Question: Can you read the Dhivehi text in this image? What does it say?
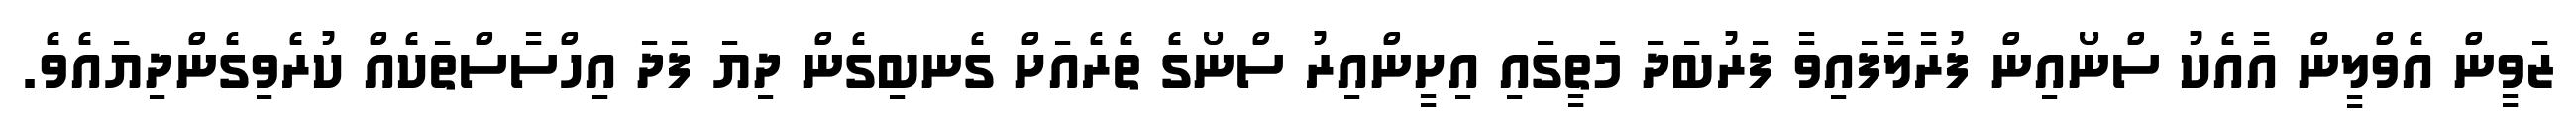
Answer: ޒަވީން އެވްލީން އާއެކު ސްނޯއިން ފުރާލާފައިވާ ފަރުބަދަ މަތީގައި އިށީންއިރު ސްނޯގެ ތެރެއަށް ގެނބިގެން ދިޔަ ފަދަ އިހްސާސްތަކެއް ކުރެވިގެންދިޔައެވެ.